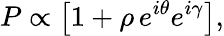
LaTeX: P\propto\left[1+\rho\, e^{i\theta}e^{i\gamma}\right],